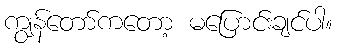
ကျွန်တော်ကတော့ မပြောင်းချင်ပါ။